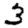
Digit: 3